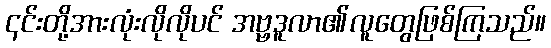
၎င်းတို့အားလုံးလိုလိုပင် အဗ္ဗဒူလာ၏လူတွေဖြစ်ကြသည်။